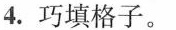
4.巧填格子。